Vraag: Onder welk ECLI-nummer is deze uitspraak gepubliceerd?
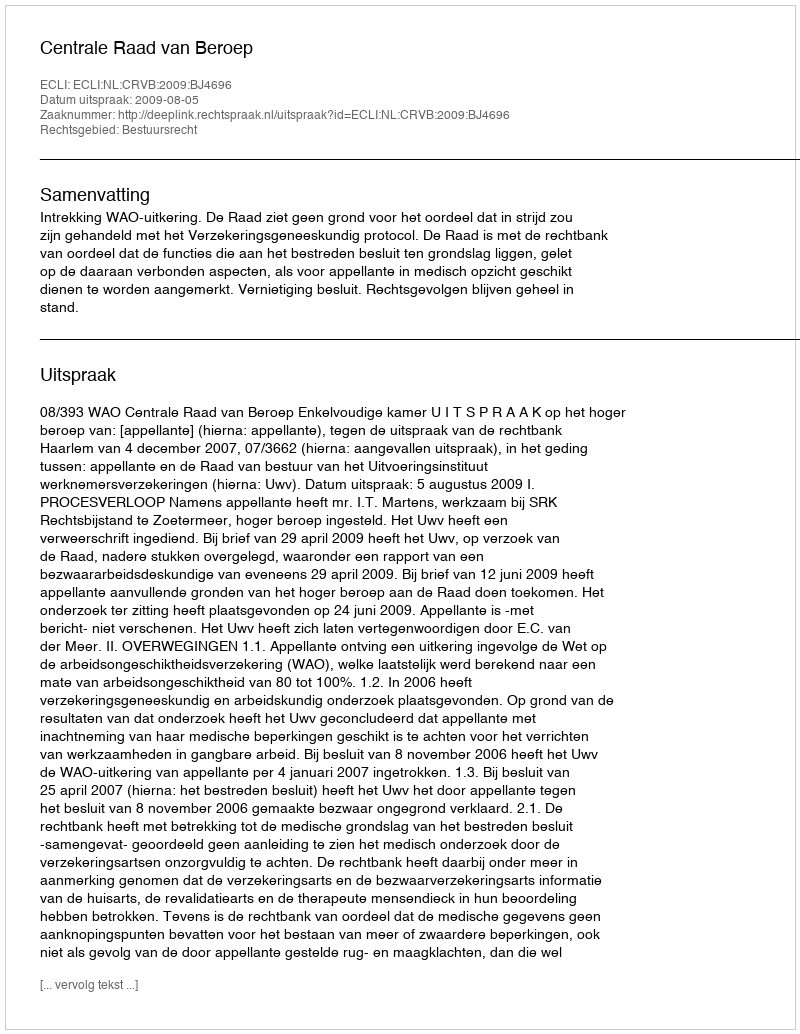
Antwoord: ECLI:NL:CRVB:2009:BJ4696